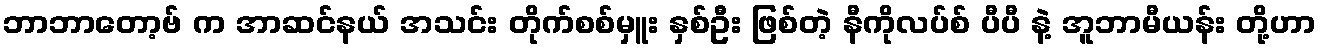
ဘာဘာတော့ဗ် က အာဆင်နယ် အသင်း တိုက်စစ်မှူး နှစ်ဦး ဖြစ်တဲ့ နီကိုလပ်စ် ပီပီ နဲ့ အူဘာမီယန်း တို့ဟာ